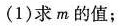
(1)求m的值；